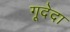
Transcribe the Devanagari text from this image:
गूदेदा